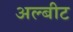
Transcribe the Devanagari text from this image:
अल्बीट